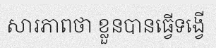
សារភាពថា ខ្លួនបានធ្វើទង្វើ